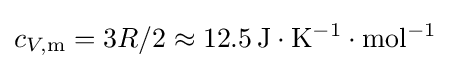
c_{V,\mathrm {m} }=3R/2\approx \mathrm {12.5\,J\cdot K^{-1}\cdot mol^{-1}}